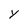
Character: Y